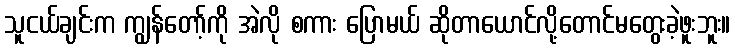
သူငယ်ချင်းက ကျွန်တော့်ကို အဲလို စကား ပြောမယ် ဆိုတာယောင်လို့တောင်မတွေးခဲ့ဖူးဘူး။